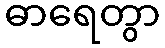
ဓာရေတွာ